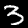
Label: 3